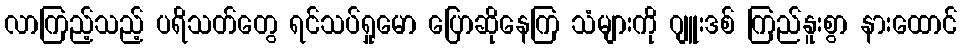
လာကြည့်သည့် ပရိသတ်တွေ ရင်သပ်ရှုမော ပြောဆိုနေကြ သံများကို ဂျူးဒစ် ကြည်နူးစွာ နားထောင်